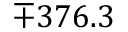
\mp 3 7 6 . 3